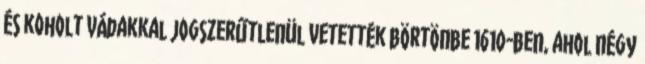
és koholt vádakkal jogszerűtlenül vetették börtönbe 1610-ben, ahol négy